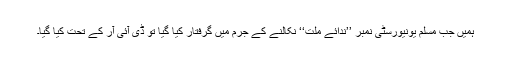
ہمیں جب مسلم یونیورسٹی نمبر ’’ندائے ملت‘‘ نکالنے کے جرم میں گرفتار کیا گیا تو ڈی آئی آر کے تحت کیا گیا۔